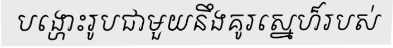
បង្ហោះរូបជាមួយនឹងគូរស្នេហ៏របស់